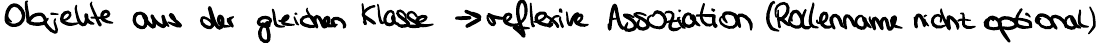
Objekte aus der gleichen Klasse -> reflexive Assoziation (Rollenname nicht optional)